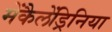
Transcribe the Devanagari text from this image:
मेंकैलेंड्रिनिया